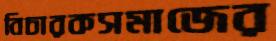
বিচারকসমাজের